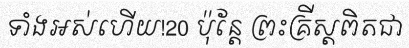
ទាំងអស់ហើយ!20 ប៉ុន្តែ ព្រះគ្រីស្តពិតជា